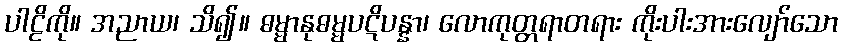
ပါဠိကို။ အညာယ၊ သိ၍။ ဓမ္မာနုဓမ္မပဋိပန္နာ၊ လောကုတ္တရာတရား ကိုးပါးအားလျော်သော